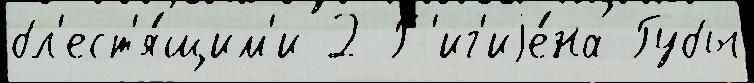
бл'ест'я́щим'и 2 Г'иг'иjе́на Губы